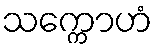
သက္ကောဟံ